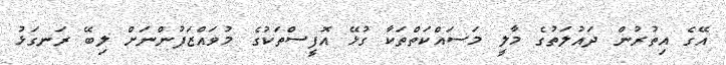
އޭގެ އިތުރުން ދައުލަތުގެ މާލީ މަސައްކަތްތަކާ ގުޅޭ އޮފީސްތަކުގެ މުވައްޒަފުންނަށް ލިބޭ ރަނގަޅު